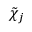
\tilde { \chi } _ { j }